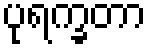
ပုရက္ခတာ